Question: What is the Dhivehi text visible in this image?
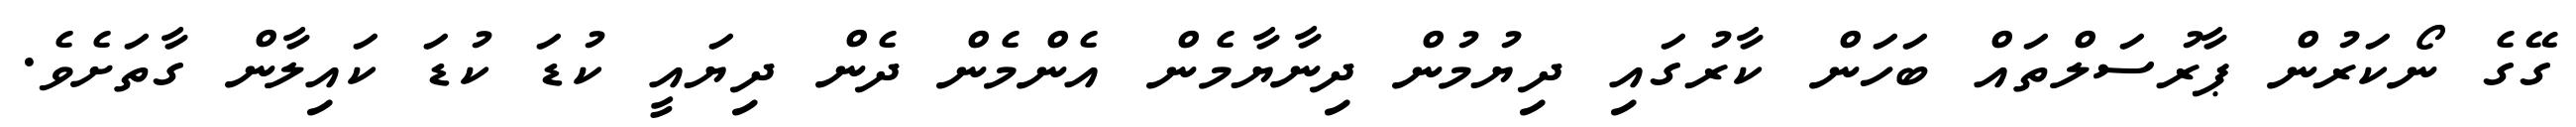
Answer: ގޭގެ ނޯކަރުން ޕާރުސަލްތައް ބަހަން ކާރުގައި ދިޔުމުން ދިނާޔާމެން އެންމެން ދެން ދިޔައީ ކުޑަ ކުޑަ ކައިލާން ގާތަށެވެ.